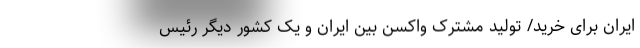
ایران برای خرید/ تولید مشترک‌ واکسن بین ایران و یک کشور دیگر رئیس